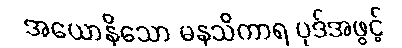
အယောနိသော မနသိကာရ ပုဒ်အဖွင့်